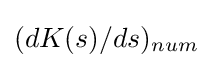
(dK(s)/ds)_{num}